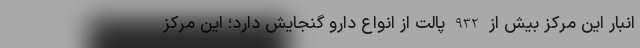
انبار این مرکز بیش از 932 پالت از انواع دارو گنجایش دارد؛ این مرکز